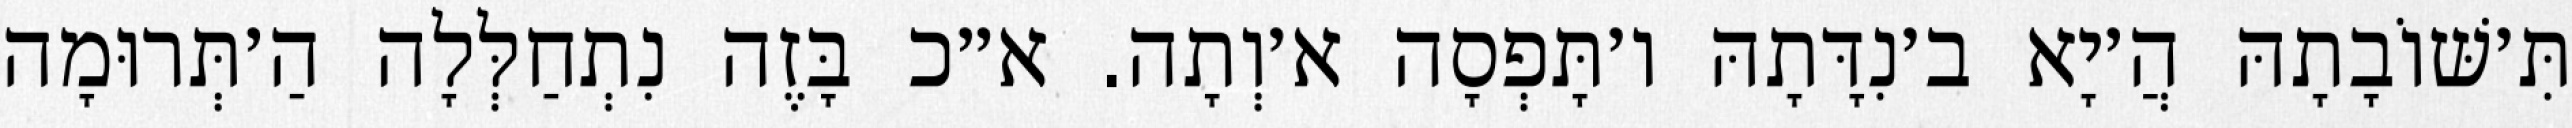
תִּ׳שּׁוֹבָתָהּ הֲ׳יָא ב׳נִדָּתָהּ ו׳תָּפְסָה א׳וְתָה. א״כ בָּזֶה נִתְחַלְּלָה הַ׳תְּרוּמָה